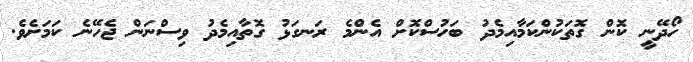
ހޯދޭނީ ކޮން ގޮތަކުންކަމާއިމެދު ބަހުސްކޮށް އެންމެ ރަނގަޅު ގޮތާއިމެދު ވިސްނަން ޖެހޭނެ ކަަމަށެވެ.